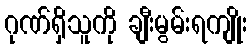
ဂုဏ်ရှိသူကို ချီးမွမ်းရကျိုး